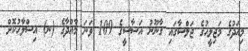
މިއަދުގެ މަޖިލީހުގެ ޖަލްސާގައި ގާނޫނު އަސާސީގެ 109 ވަނަ މާއްދާގެ (ނ) އިސްލާހުކޮށް